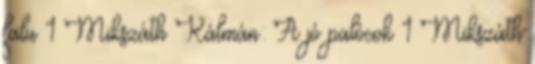
falu 1 Mikszáth Kálmán: A jó palócok 1 Mikszáth